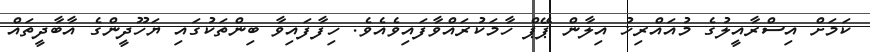
ކަމަށް އިސްރާއީލުގެ މުއައްރިޚު އިލާން ޕޭޕް ހާމަކުރައްވާފައިވެއެވެ. ހިފާފައިވާ ބިންތަކުގައި ޔަހޫދީންގެ އާބާދީތައް